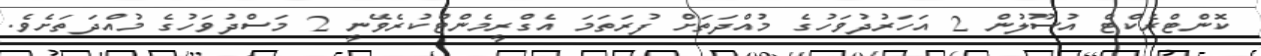
ކޮންޓްރެކްޓް އުސޫލުން 2 އަހަރުދުވަހުގެ މުއްދަތަށް ފުރަތަމަ އެގްރީމެންޓްކުރެވޭނީ 2 މަސްދުވަހުގެ މުއްދަތަށެވެ.